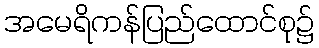
အမေရိကန်ပြည်ထောင်စု၌